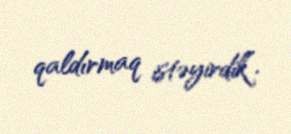
qaldırmaq istəyirdik”.